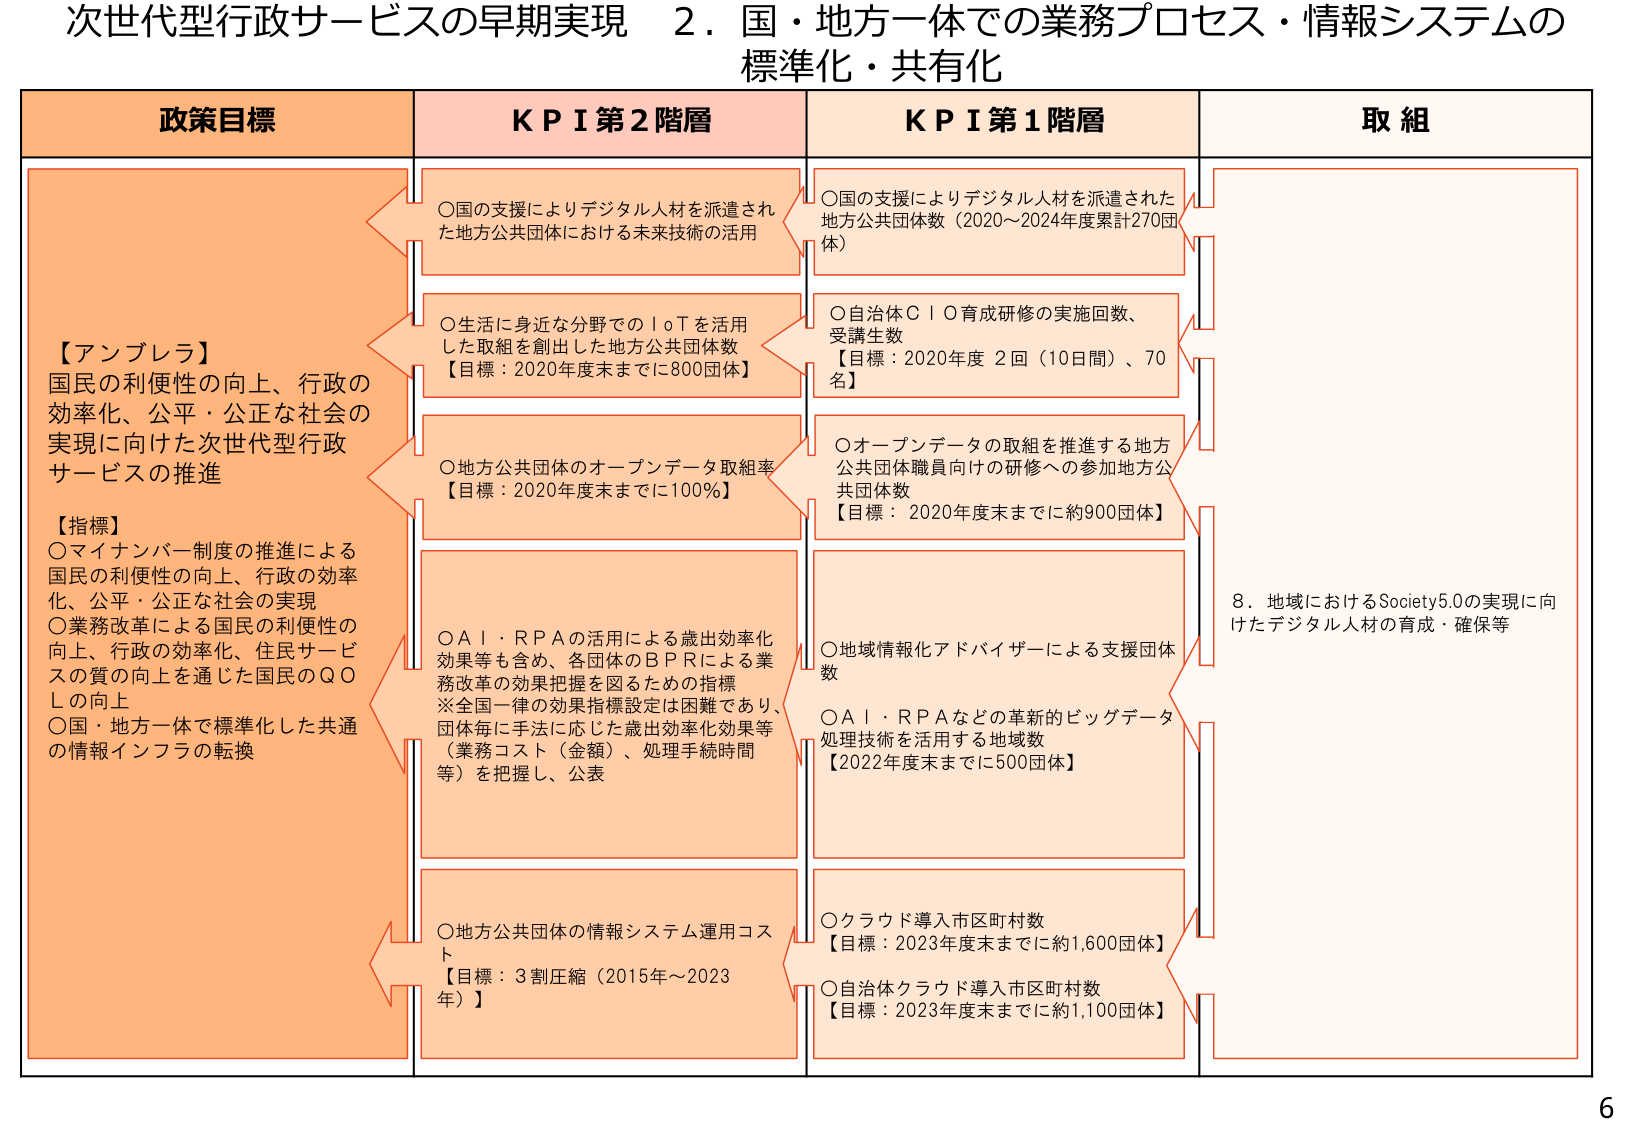
次世代型行政サービスの早期実現　２．国・地方一体での業務プロセス・情報システムの
標準化・共有化

政策目標
【アンブレラ】
国民の利便性の向上、行政の
効率化、公平・公正な社会の
実現に向けた次世代型行政
サービスの推進

【指標】
○マイナンバー制度の推進による
国民の利便性の向上、行政の効率
化、公平・公正な社会の実現
○業務改革による国民の利便性の
向上、行政の効率化、住民サービ
スの質の向上を通じた国民のＱＯ
Ｌの向上
○国・地方一体で標準化した共通
の情報インフラの転換

ＫＰＩ第２階層
○国の支援によりデジタル人材を派遣され
た地方公共団体における未来技術の活用
○生活に身近な分野でのＩｏＴを活用
した取組を創出した地方公共団体数
【目標：2020年度末までに800団体】
○地方公共団体のオープンデータ取組率
【目標：2020年度末までに100％】
○ＡＩ・ＲＰＡの活用による歳出効率化
効果等も含め、各団体のＢＰＲによる業
務改革の効果把握を図るための指標
※全国一律の効果指標設定は困難であり、
団体毎に手法に応じた歳出効率化効果等
（業務コスト（金額）、処理手続時間
等）を把握し、公表
○地方公共団体の情報システム運用コス
ト
【目標：3割圧縮（2015年～2023年）】

ＫＰＩ第１階層
○国の支援によりデジタル人材を派遣された
地方公共団体数（2020～2024年度累計270団
体）
○自治体ＣＩＯ育成研修の実施回数、
受講生数
【目標：2020年度 2回（10日間）、70名】
○オープンデータの取組を推進する地方
公共団体職員向けの研修への参加地方公
共団体数
【目標：2020年度末までに約900団体】
○地域情報化アドバイザーによる支援団体
数
○ＡＩ・ＲＰＡなどの革新的ビッグデータ
処理技術を活用する地域数
【2022年度末までに500団体】
○クラウド導入市区町村数
【目標：2023年度末までに約1,600団体】
○自治体クラウド導入市区町村数
【目標：2023年度末までに約1,100団体】

取組
8．地域におけるSociety5.0の実現に向
けたデジタル人材の育成・確保等

6